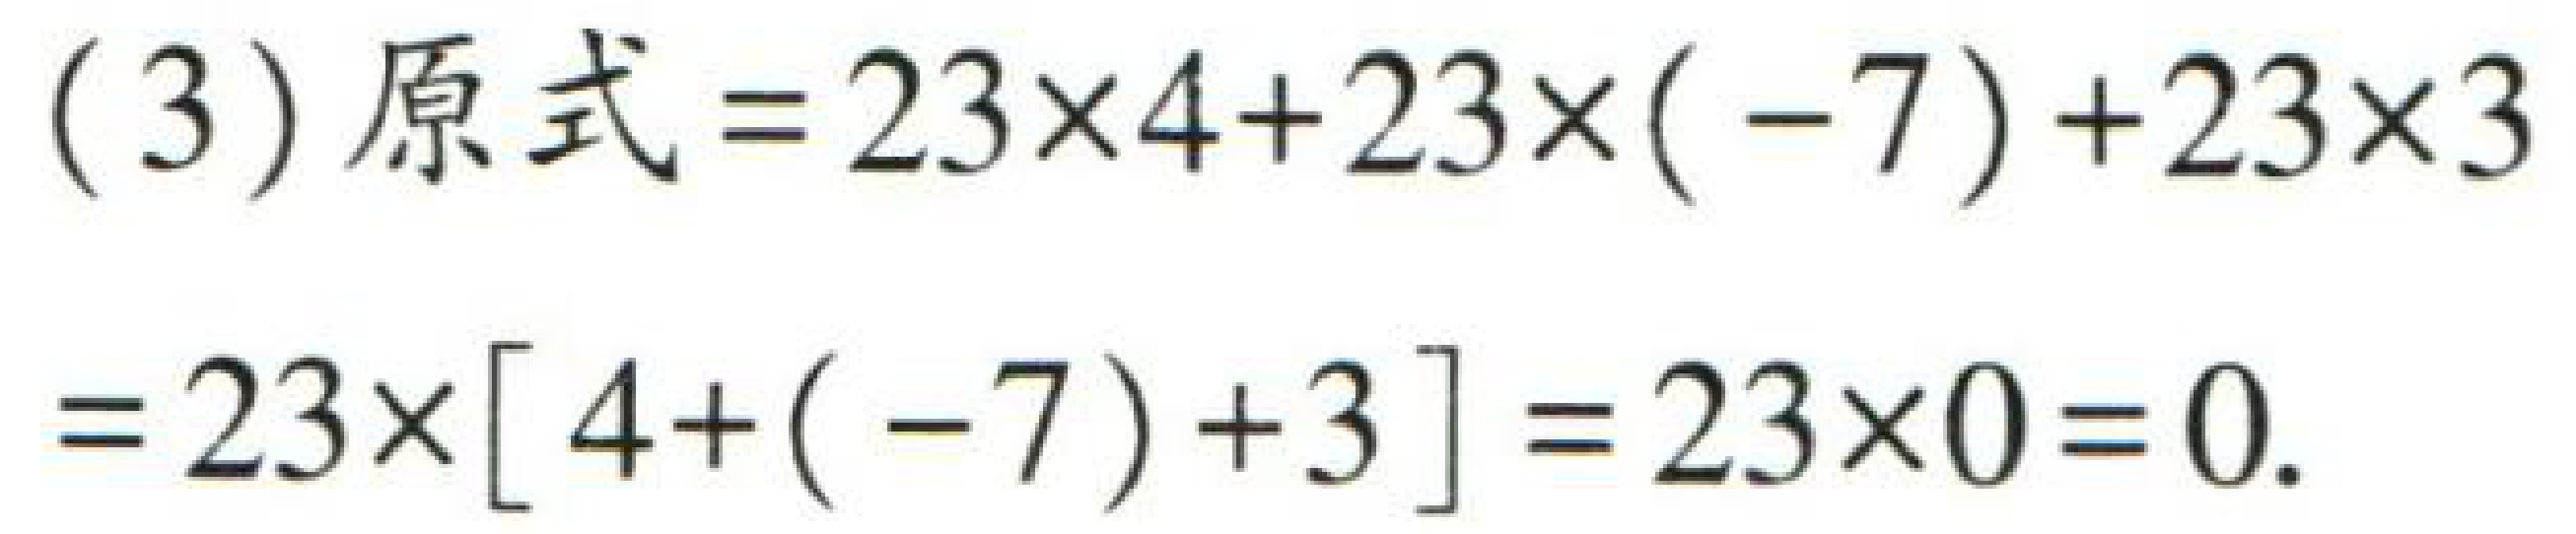
(3) 原式\(=23\times4 + 23\times(-7)+23\times3\)
\(=23\times[4+(-7)+3]=23\times0 = 0\)